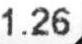
1.26